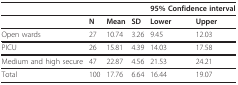
<table><thead><tr><td></td><td></td><td></td><td></td><td colspan="2"><b>95% Confidence interval</b></td></tr></thead><tbody><tr><td></td><td><b>N</b></td><td><b>Mean</b></td><td><b>SD</b></td><td><b>Lower</b></td><td><b>Upper</b></td></tr><tr><td>Open wards</td><td>27</td><td>10.74</td><td>3.26</td><td>9.45</td><td>12.03</td></tr><tr><td>PICU</td><td>26</td><td>15.81</td><td>4.39</td><td>14.03</td><td>17.58</td></tr><tr><td>Medium and high secure</td><td>47</td><td>22.87</td><td>4.56</td><td>21.53</td><td>24.21</td></tr><tr><td>Total</td><td>100</td><td>17.76</td><td>6.64</td><td>16.44</td><td>19.07</td></tr></tbody></table>